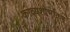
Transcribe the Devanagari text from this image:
काव्यशोभाकर